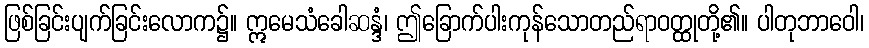
ဖြစ်ခြင်းပျက်ခြင်းလောက၌။ ဣမေသံခေါဆန္ဒံ၊ ဤခြောက်ပါးကုန်သောတည်ရာဝတ္ထုတို့၏။ ပါတုဘာဝေါ၊